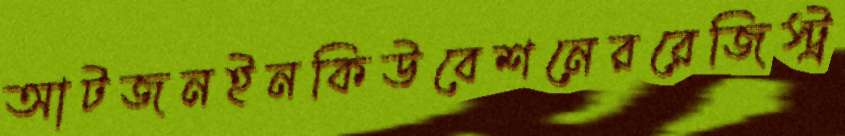
আটজনইনকিউবেশনেররেজিস্ট্র